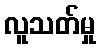
လူသတ်မှု